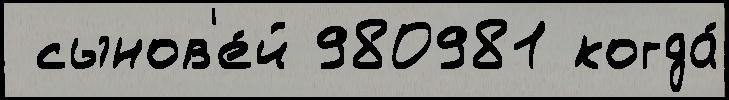
 сынов'е́й 980981 когда́